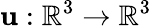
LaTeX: \mathbf{u}:\mathbb{R}^{3}\rightarrow\mathbb{R}^{3}